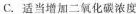
C.适当增加二氧化碳浓度